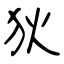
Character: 狄